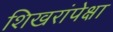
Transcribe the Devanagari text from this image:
शिखरांपेक्षा